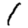
Digit: 1